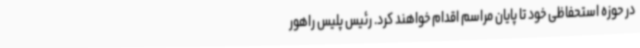
در حوزه استحفاظی خود تا پایان مراسم اقدام خواهند کرد. رئیس پلیس راهور